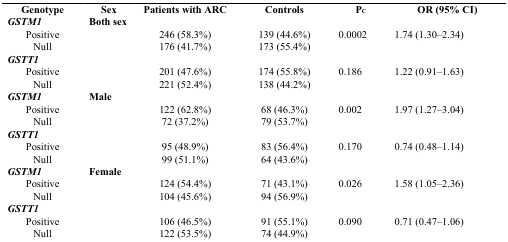
| Genotype | Sex | Patients with ARC | Controls | PC | OR (95% CI) |
 | --- | --- | --- | --- | --- | --- |
 | GSTM1 | <COLSPAN=5> Both sex |
 | Positive |  | 246 (58.3%) | 139 (44.6%) | <ROWSPAN=2> 0.0002 | <ROWSPAN=2> 1.74 (1.30–2.34) |
 | Null |  | 176 (41.7%) | 173 (55.4%) |
 | <COLSPAN=6> GSTT1 |
 | Positive |  | 201 (47.6%) | 174 (55.8%) | <ROWSPAN=2> 0.186 | <ROWSPAN=2> 1.22 (0.91–1.63) |
 | Null |  | 221 (52.4%) | 138 (44.2%) |
 | GSTM1 | <COLSPAN=5> Male |
 | Positive |  | 122 (62.8%) | 68 (46.3%) | <ROWSPAN=2> 0.002 | <ROWSPAN=2> 1.97 (1.27–3.04) |
 | Null |  | 72 (37.2%) | 79 (53.7%) |
 | <COLSPAN=6> GSTT1 |
 | Positive |  | 95 (48.9%) | 83 (56.4%) | <ROWSPAN=2> 0.170 | <ROWSPAN=2> 0.74 (0.48–1.14) |
 | Null |  | 99 (51.1%) | 64 (43.6%) |
 | GSTM1 | <COLSPAN=5> Female |
 | Positive |  | 124 (54.4%) | 71 (43.1%) | <ROWSPAN=2> 0.026 | <ROWSPAN=2> 1.58 (1.05–2.36) |
 | Null |  | 104 (45.6%) | 94 (56.9%) |
 | <COLSPAN=6> GSTT1 |
 | Positive |  | 106 (46.5%) | 91 (55.1%) | <ROWSPAN=2> 0.090 | <ROWSPAN=2> 0.71 (0.47–1.06) |
 | Null |  | 122 (53.5%) | 74 (44.9%) |